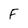
Character: F